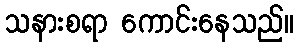
သနားစရာ ကောင်းနေသည်။